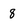
Character: 8